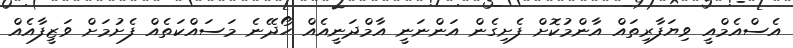
އެސްއެމްއީ ވިޔަފާރިތައް އާންމުކޮށް ފެށިގެން އަންނަނީ އާމްދަނީއެއް ހޯދޭނެ މަސައްކަތެއް ފެށުމަށް ވަޒީފާއެއް